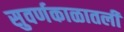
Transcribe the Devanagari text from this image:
सुवर्णकाळातली